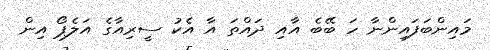
މައިންބަފައިންނާ ހަ ބޭބެ އާއި ދައްތަ އާ އެކު ސީރިއާގެ އަލެޕޯ އިން